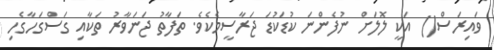
ވައިރަސް() އަކީ ލޮލަށް ނުފެންނަ ކުޑަކުޑަ ޖަރާސީމެކެވެ. ތަފާތު ޖަނަވާރު ތަކާއި ގަސްގަހާގެހި